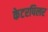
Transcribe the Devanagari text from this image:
केटरपिलर